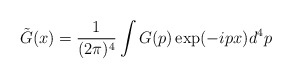
\begin{align*}\tilde{G}(x)=\frac{1}{(2\pi )^{4}}\int G(p)\exp (-ipx)d^{4}p \end{align*}